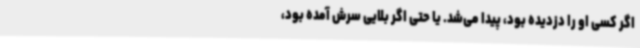
اگر کسی او را دزدیده بود، پیدا می‌شد. یا حتی اگر بلایی سرش آمده بود،